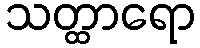
သတ္ထာရော